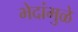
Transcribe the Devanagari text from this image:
भेदांमुळे